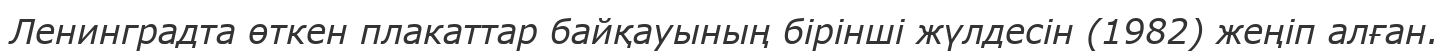
Ленинградта өткен плакаттар байқауының бірінші жүлдесін (1982) жеңіп алған.